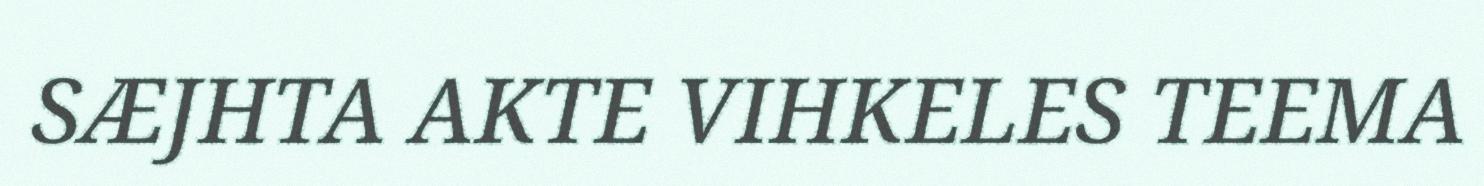
SÆJHTA AKTE VIHKELES TEEMA